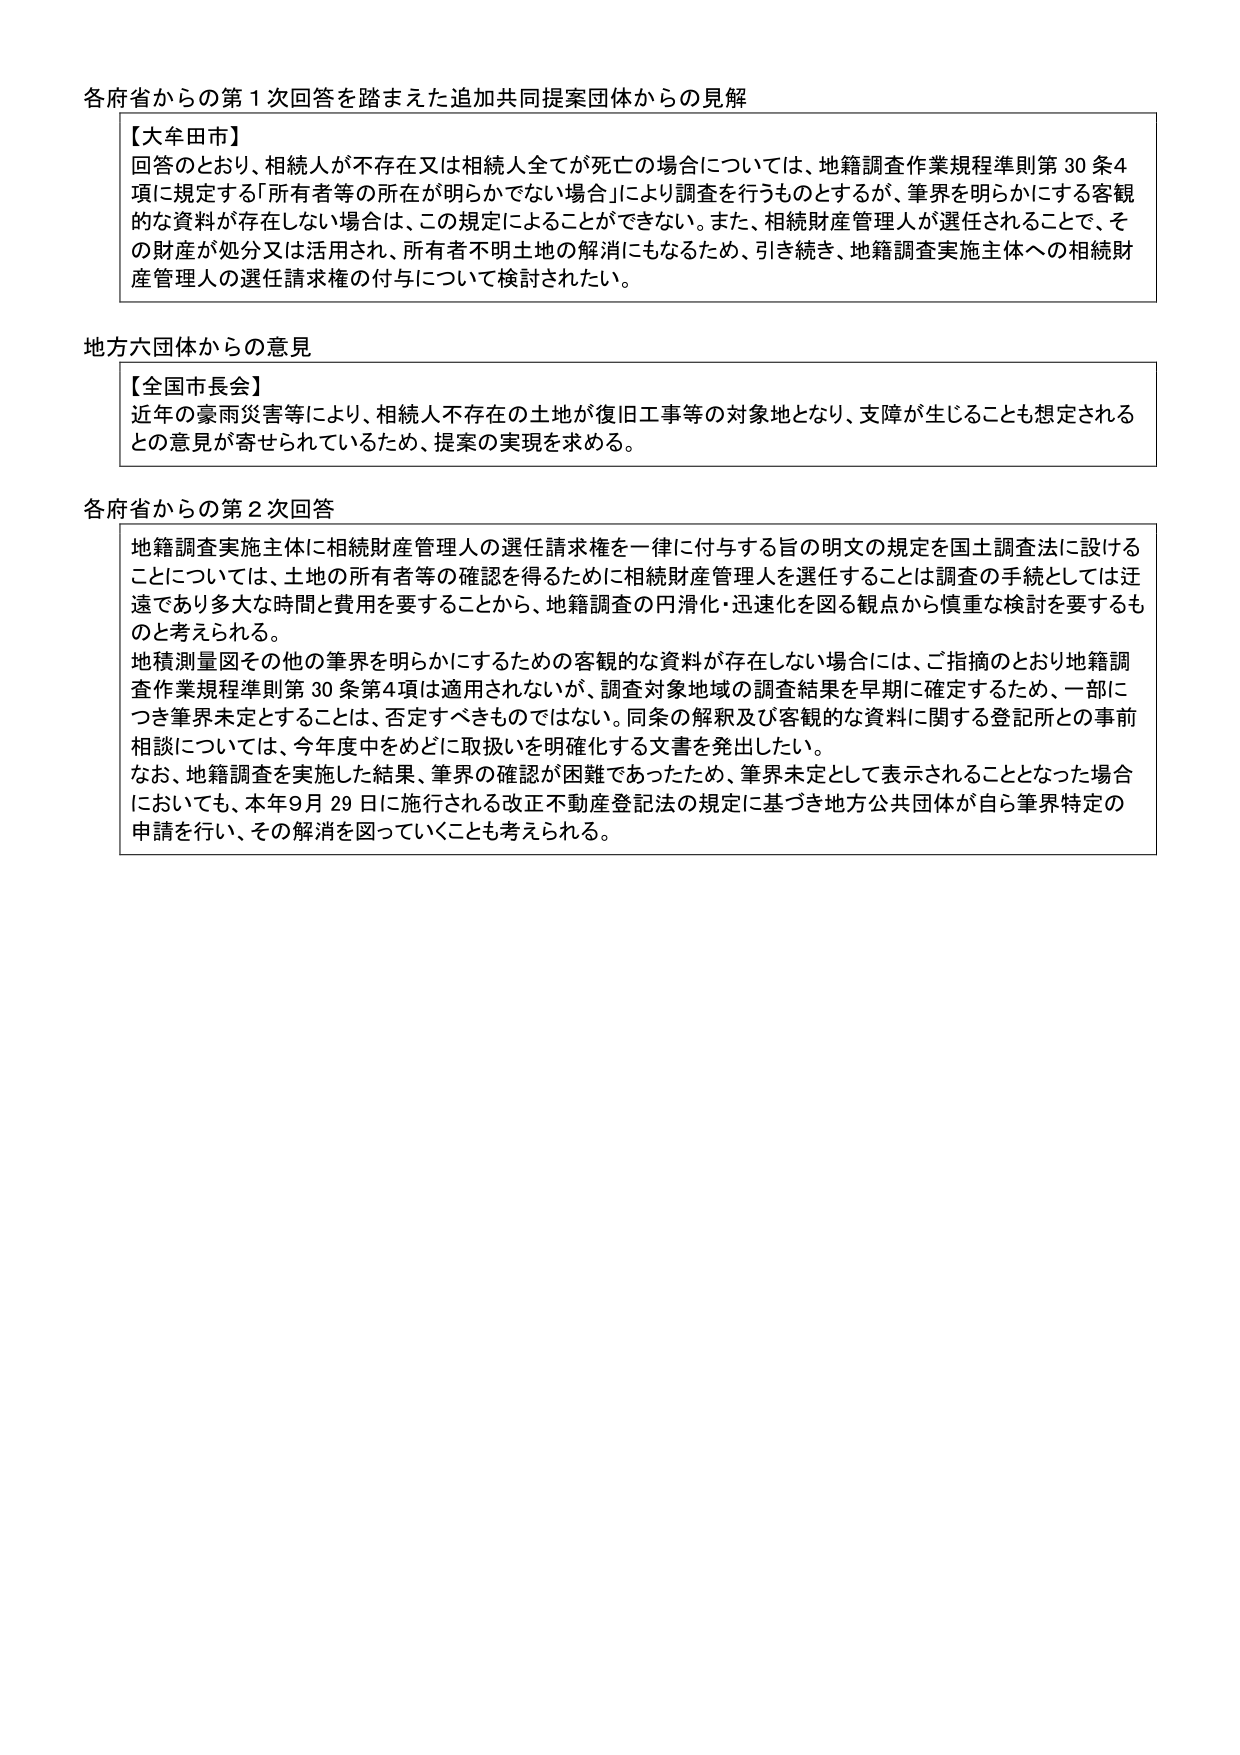
各府省からの第１次回答を踏まえた追加共同提案団体からの見解

【大牟田市】
回答のとおり、相続人が不存在又は相続人全てが死亡の場合については、地籍調査作業規程準則第30条4項に規定する「所有者等の所在が明らかでない場合」により調査を行うものとするが、筆界を明らかにする客観的な資料が存在しない場合は、この規定によることができない。また、相続財産管理人が選任されることで、その財産が処分又は活用され、所有者不明土地の解消にもなるため、引き続き、地籍調査実施主体への相続財産管理人の選任請求権の付与について検討されたい。

地方六団体からの意見

【全国市長会】
近年の豪雨災害等により、相続人不存在の土地が復旧工事等の対象地となり、支障が生じることも想定されるとの意見が寄せられているため、提案の実現を求める。

各府省からの第２次回答

地籍調査実施主体に相続財産管理人の選任請求権を一律に付与する旨の明文の規定を国土調査法に設けることについては、土地の所有者等の確認を得るために相続財産管理人を選任することは調査の手続としては迂遠であり多大な時間と費用を要することから、地籍調査の円滑化・迅速化を図る観点から慎重な検討を要するものと考えられる。
地積測量図その他の筆界を明らかにするための客観的な資料が存在しない場合には、ご指摘のとおり地籍調査作業規程準則第30条第4項は適用されないが、調査対象地域の調査結果を早期に確定するため、一部につき筆界未定とすることは、否定すべきものではない。同条の解釈及び客観的な資料に関する登記所との事前相談については、今年度中をめどに取扱いを明確化する文書を発出したい。
なお、地籍調査を実施した結果、筆界の確認が困難であったため、筆界未定として表示されることとなった場合においても、本年9月29日に施行される改正不動産登記法の規定に基づき地方公共団体が自ら筆界特定の申請を行い、その解消を図っていくことも考えられる。